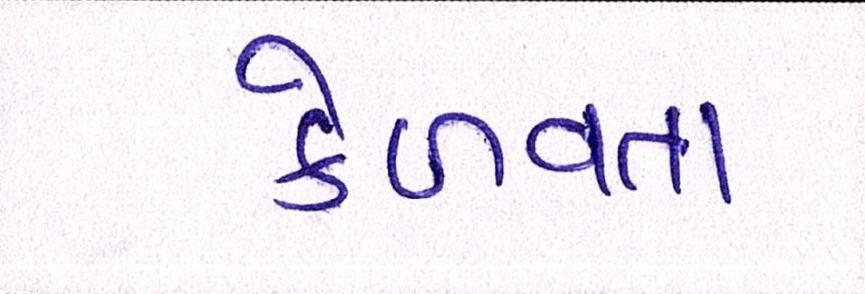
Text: કેળવતા